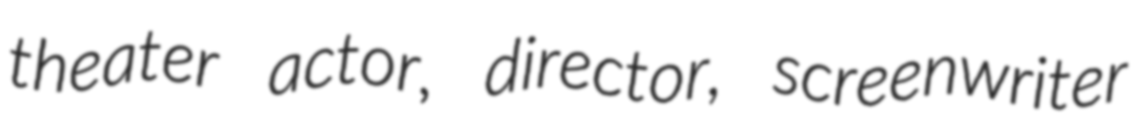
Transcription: theater actor, director, screenwriter